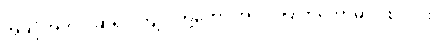
အခုပုံအတိုင်းဆိုရင် ကျုပ်တို့တော့ အလုပ်ပြုတ်တော့မှာပဲ စလင်း